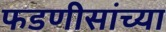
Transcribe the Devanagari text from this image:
फडणीसांच्या